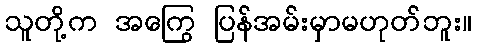
သူတို့က အကြွေ ပြန်အမ်းမှာမဟုတ်ဘူး။